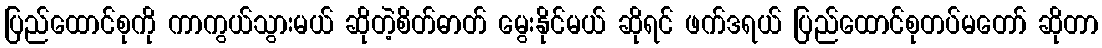
ပြည်ထောင်စုကို ကာကွယ်သွားမယ် ဆိုတဲ့စိတ်ဓာတ် မွေးနိုင်မယ် ဆိုရင် ဖက်ဒရယ် ပြည်ထောင်စုတပ်မတော် ဆိုတာ